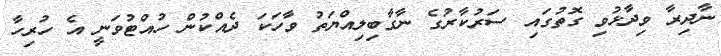
ނާދިރާ ވިދާޅުވި ގޮތުގައި ސަރުކާރުގެ ނާގާބިލިއްޔަތު ވާހަކަ ދެއްކުން ހުއްޓުވަނީ އެ ހުރިހާ